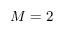
M = 2